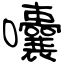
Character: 囔